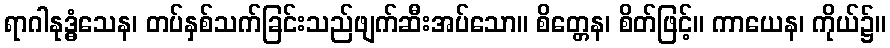
ရာဂါနုဒ္ဓံသေန၊ တပ်နှစ်သက်ခြင်းသည်ဖျက်ဆီးအပ်သော။ စိတ္တေန၊ စိတ်ဖြင့်။ ကာယေန၊ ကိုယ်၌။